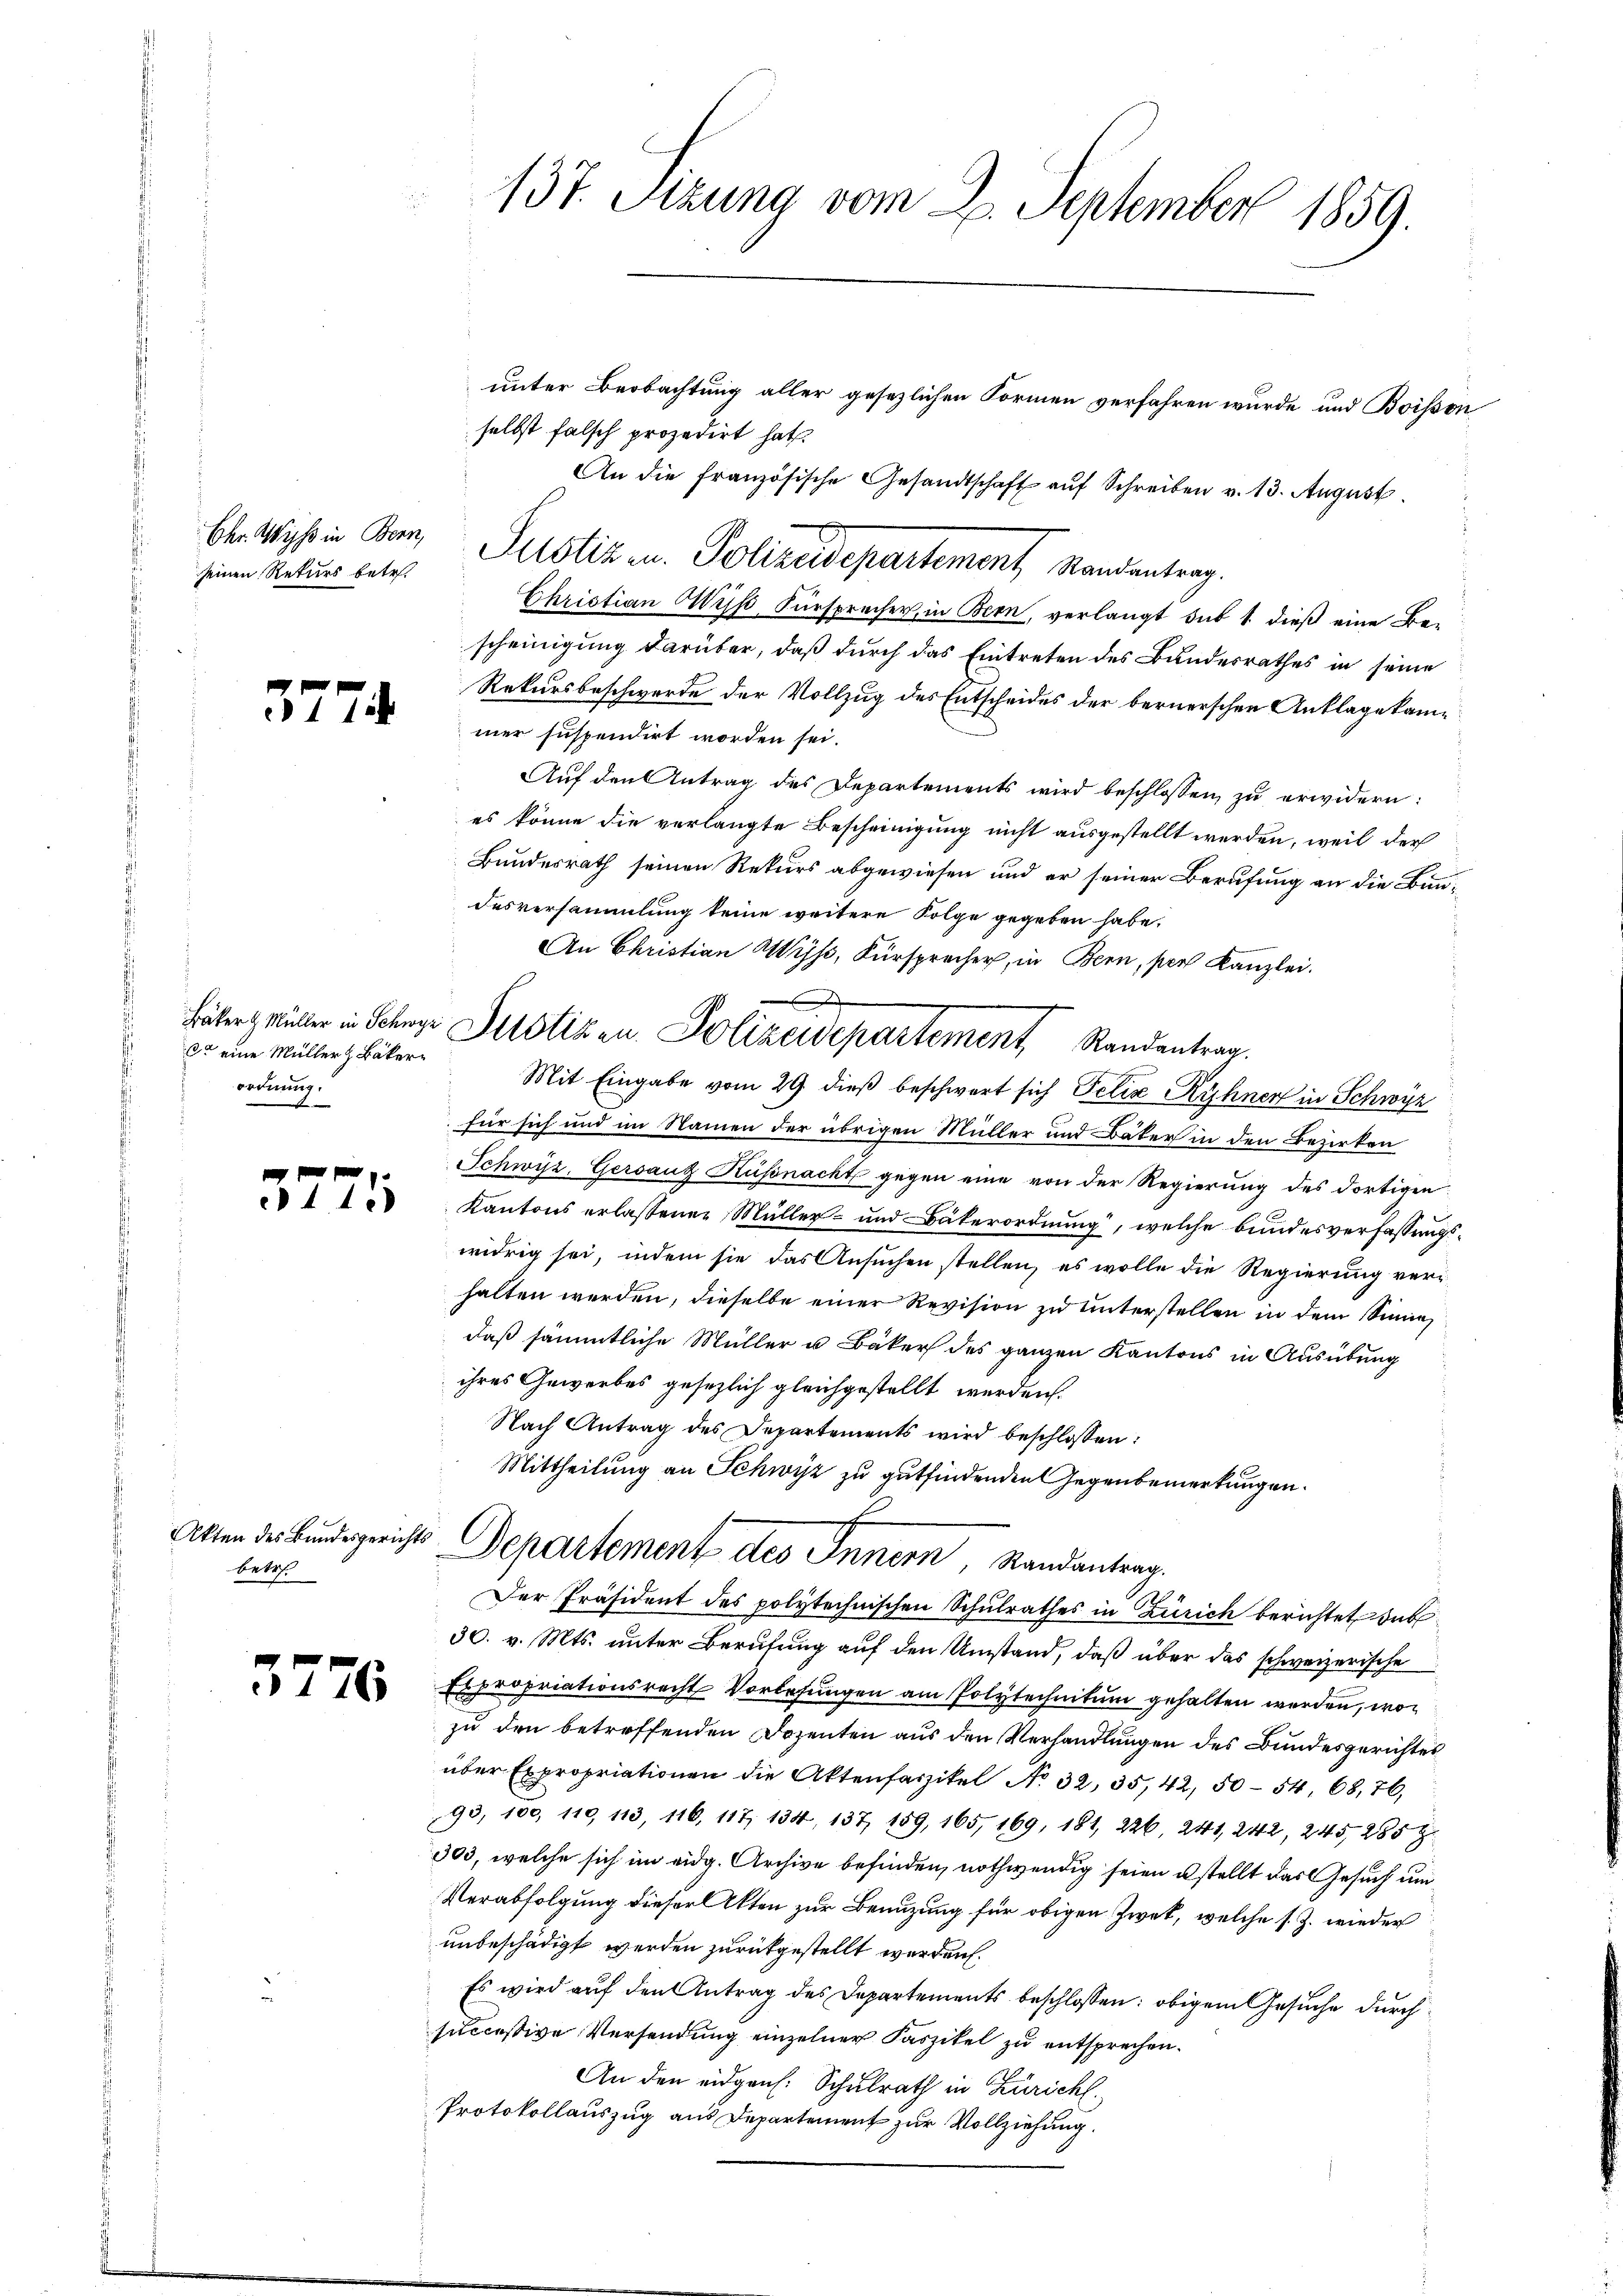
Chr. Wyss in Bern,
seinen Rekurs betr.

37

.

ca eine Müller & Bäkerordnung.

11.)

Akten des Bundesgerichts
betre

3776

137. Stzung vom 2. September 1859.

unter Beobachtung aller gesezlichen Formen verfahren wurde und Boisson
selbst falsch prozedirt hat.
An die französische Gesandtschaft aŭf Schreiben v. 13. August.
Justiz u. Polizeidepartement Standentrag.
Christian Wyß, Fürsprecher, in Bern, verlangt sub 1. dieß eine Bescheinigung darüber, daß durch das Eintreten des Bundesrathes in seine
Rekursbeschwerde der Vollzug des Entscheides der bernerschen Anklage kame
mer suspendirt worden sei.
Auf den Antrag des Departements wird beschlossen, zu erwidern:
es könne die verlangte Bescheinigung nicht ausgestellt werden, weil der
Bundesrath seinen Rekurs abgewiesen und er seiner Berufung an die Bundesversammlung keine weitere Folge gegeben habe.
An Christian Wyss, Fürsprecher, in Bern, pers Kanzlei.
Mit Eingabe vom 29. dieβ beschwert sich Felix Kühner in Schwyz
für sich und im Namen der übrigen Müller und Bäker in den Bezirken
Schwyz, Gersauz Küssnacht gegen eine von der Regierung des dortigen
Kantons erlassener Müller- und Bäkerordnung, welche bundesverfassungswidrig sei, indem sie das Ansuchen stellen, es wolle die Regierung verhalten werden, dieselbe einer Revision zu unterstellen in dem Sinne
daß sämmtliche Müller u Bäker des ganzen Kantons in Ausübung
ihres Gewerbes gesezlich gleichgestellt werden.
Nach Antrag des Departements wird beschlossen:
Mittheilung an Schwyz zu gutfindenden Gegenbemerkungen.
d
Departement des Innern, Randantrag.
Der Präsident des polytechnischen Schulrathes in Zürich berichtet sub
30. v. Mts. unter Berufung auf den Umstand, daß über das schweizerische
Expropriationsrecht Vorlesungen am Polytechnikum gehalten werden, wozu den betreffenden Dozenten aus den Verhandlungen des Bundesgerichtes
über Expropriationen die Aktenfaszikel No 32, 35, 42, 50—54, 68,76,
93, 100, 110, 113, 116, 117, 134, 137, 159, 165, 169, 181, 226, 241, 242, 245, 285 Z
303, welche sich im eidg. Archive befinden, nothwendig seien u stellt das Gesuch um
Verabfolgung dieser Akten zur Benuzung für obigen Zwek, welche s. Z. wieder
unbeschädigt werden zurückgestellt worden.
Es wird auf den Antrag des Departements beschlossen: obigem Gesuche durch
successive Versendung einzelner Faszikel zu entsprechen.
An den eidgen. Schulrath in Zürich.
Protokollauszug aus Departement zur Vollziehung.

Häbert Müller in Schwyz Pilotizen Polizeisepartement Randantrag.